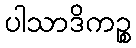
ပါသာဒိကဉ္စ